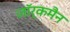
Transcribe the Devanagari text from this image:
जॉर्कमैन